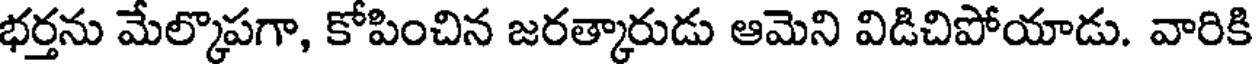
భర్తను మేల్కొపగా, కోపించిన జరత్కారుడు ఆమెని విడిచిపోయాడు. వారికి